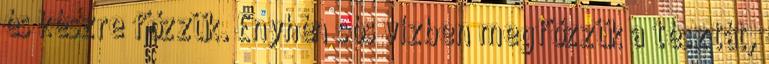
és készre főzzük. Enyhén sós vízben megfőzzük a tésztát,